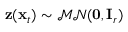
\mathbf z ( \mathbf x _ { t } ) \sim \mathcal { M N } ( \mathbf 0 , \mathbf I _ { r } )